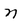
Character: n